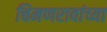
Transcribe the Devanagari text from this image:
चिमणरावांच्या